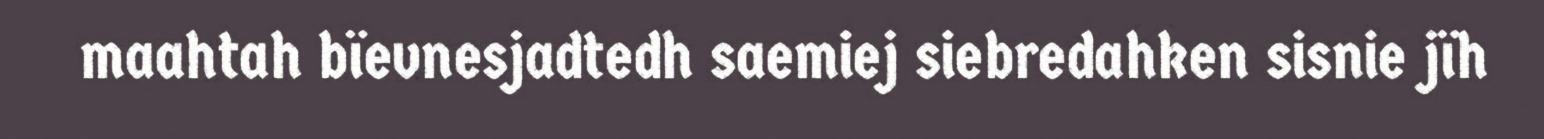
maahtah bïevnesjadtedh saemiej siebredahken sisnie jïh